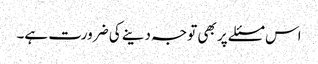
اس مسئلے پر بھی توجہ دینے کی ضرورت ہے۔